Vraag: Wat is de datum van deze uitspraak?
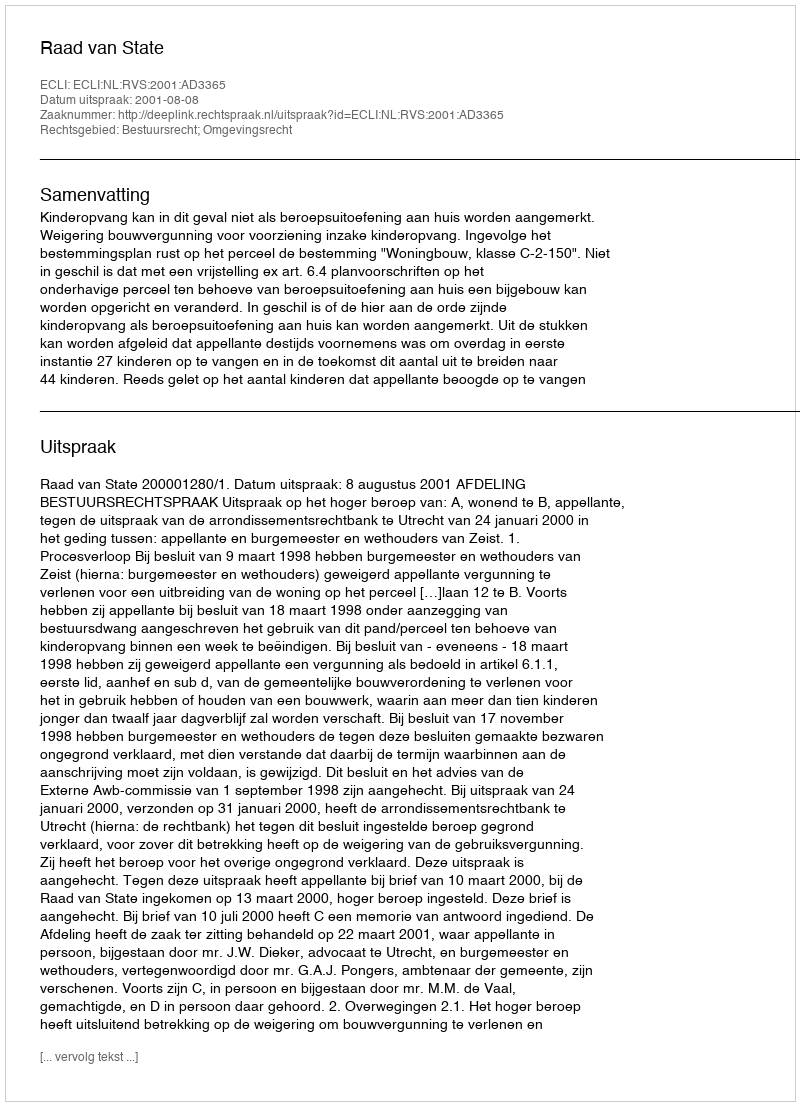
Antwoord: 2001-08-08